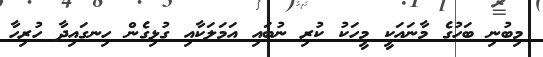
މިބުނި ބަހުގެ މާނައަކީ މީހަކު ކުރި ނުބައި އަމަލަކާއި ގުޅިގެން ހިނގައިދާ ހުރިހާ